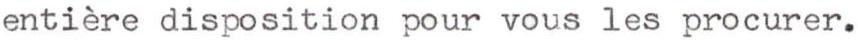
entière disposition pour vous les procurer.